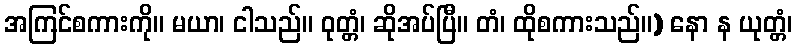
အကြင်စကားကို။ မယာ၊ ငါသည်။ ဝုတ္တံ၊ ဆိုအပ်ပြီ။ တံ၊ ထိုစကားသည်။) နော န ယုတ္တံ၊